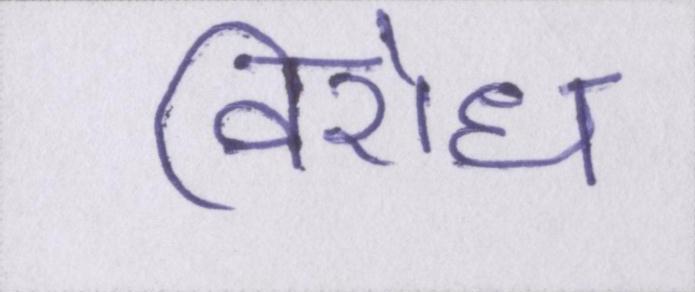
विरोध